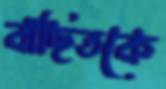
বাছিতকে